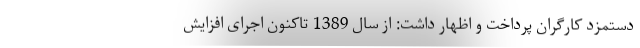
دستمزد کارگران پرداخت و اظهار داشت: از سال 1389 تاکنون اجرای افزایش